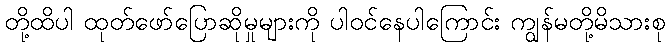
တို့ထိပါ ထုတ်ဖော်ပြောဆိုမှုများကို ပါဝင်နေပါကြောင်း ကျွန်မတို့မိသားစု